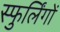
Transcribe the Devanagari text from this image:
स्फुर्लिंगों